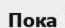
Пока